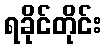
ရခိုင်တိုင်း